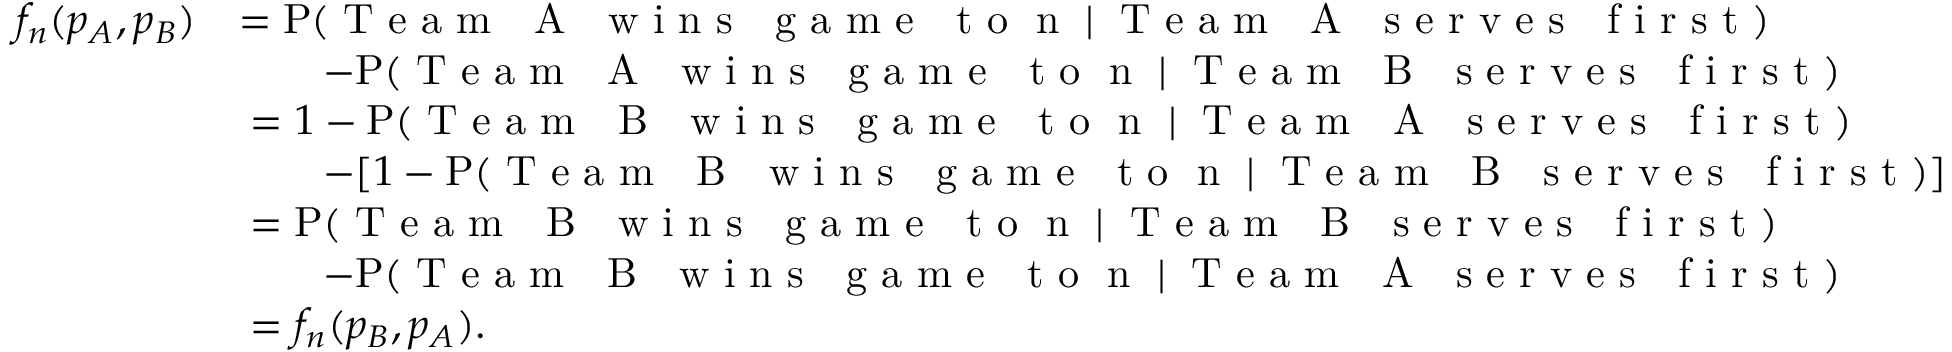
\begin{array} { r l } { f _ { n } ( p _ { A } , p _ { B } ) } & { = \mathrm { P } ( \mathrm { \textnormal { T e a m ~ A ~ w i n s ~ g a m e ~ t o } ~ n ~ } \mid \mathrm { \textnormal { T e a m ~ A ~ s e r v e s ~ f i r s t } } ) } \\ & { \qquad - \mathrm { P } ( \mathrm { \textnormal { T e a m ~ A ~ w i n s ~ g a m e ~ t o } ~ n ~ } \mid \mathrm { \textnormal { T e a m ~ B ~ s e r v e s ~ f i r s t } } ) } \\ & { \; = 1 - \mathrm { P } ( \mathrm { \textnormal { T e a m ~ B ~ w i n s ~ g a m e ~ t o } ~ n ~ } \mid \mathrm { \textnormal { T e a m ~ A ~ s e r v e s ~ f i r s t } } ) } \\ & { \qquad - [ 1 - \mathrm { P } ( \mathrm { \textnormal { T e a m ~ B ~ w i n s ~ g a m e ~ t o } ~ n ~ } \mid \mathrm { \textnormal { T e a m ~ B ~ s e r v e s ~ f i r s t } } ) ] } \\ & { \; = \mathrm { P } ( \mathrm { \textnormal { T e a m ~ B ~ w i n s ~ g a m e ~ t o } ~ n ~ } \mid \mathrm { \textnormal { T e a m ~ B ~ s e r v e s ~ f i r s t } } ) } \\ & { \qquad - \mathrm { P } ( \mathrm { \textnormal { T e a m ~ B ~ w i n s ~ g a m e ~ t o } ~ n ~ } \mid \mathrm { \textnormal { T e a m ~ A ~ s e r v e s ~ f i r s t } } ) } \\ & { \; = f _ { n } ( p _ { B } , p _ { A } ) . } \end{array}